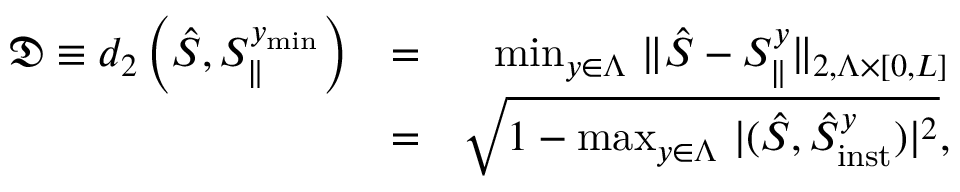
\begin{array} { r l r } { \mathfrak { D } \equiv d _ { 2 } \left( \hat { S } , S _ { \parallel } ^ { y _ { \mathrm { m i n } } } \right) } & { = } & { \operatorname* { m i n } _ { y \in \Lambda } \, \| \hat { S } - S _ { \parallel } ^ { y } \| _ { 2 , \Lambda \times \lbrack 0 , L \rbrack } } \\ & { = } & { \sqrt { 1 - \operatorname* { m a x } _ { y \in \Lambda } \, \vert ( \hat { S } , \hat { S } _ { \mathrm { i n s t } } ^ { y } ) \vert ^ { 2 } } , } \end{array}